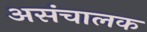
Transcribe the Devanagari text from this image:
असंचालक